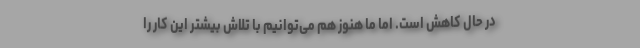
در حال کاهش است. اما ما هنوز هم می‌توانیم با تلاش بیشتر این کار را